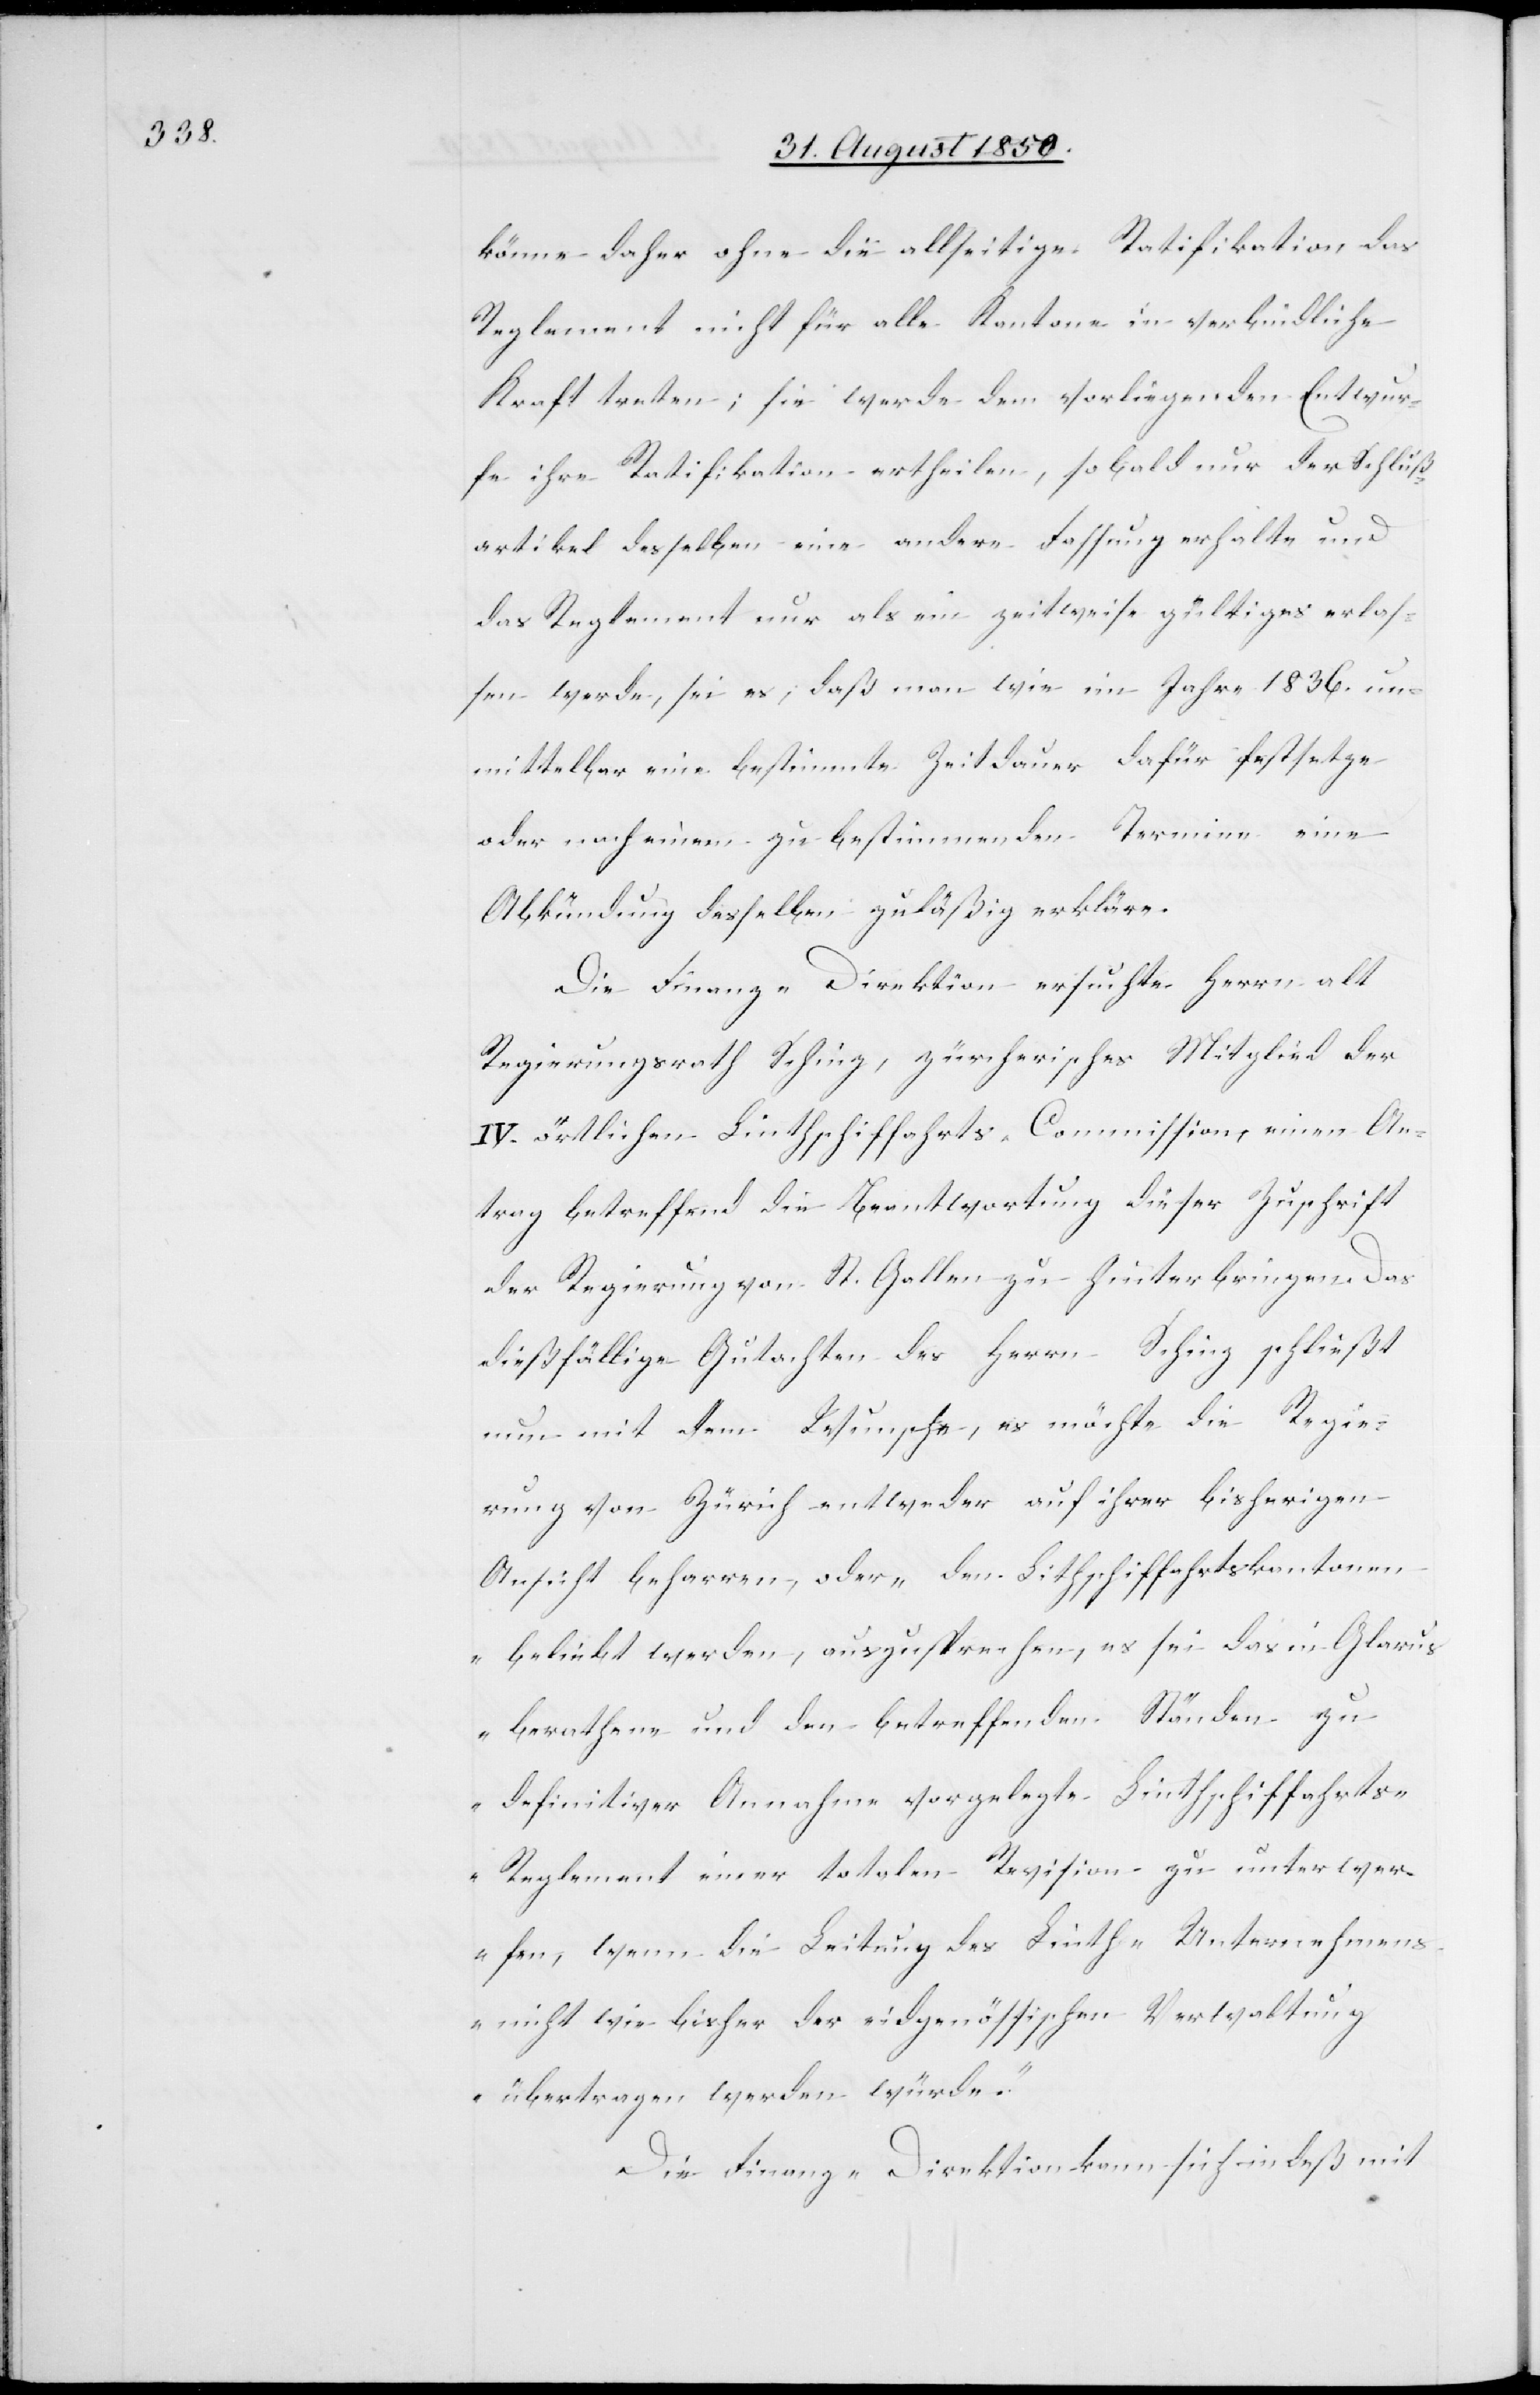
könne daher ohne die allseitige Ratifikation, das
Reglement nicht für alle Kantone in verbindliche
Kraft treten; sie werde dem vorliegenden Entwur¬
fe ihre Ratifikation ertheilen, sobald nur der Schluß¬
artikel desselben eine andere Fassung erhalte und
das Reglement nur als ein zweitweise gültiges erlas¬
sen werde, sei es, daß man wie im Jahre 1836. un¬
mittelbar eine bestimmte Zeitdauer dafür festsetze
oder nach einem zu bestimmenden Termine eine
Abkündung desselben zuläßig erkläre.
Die Finanz-Direktion ersuchte Herrn alt
Regierungsrath Schinz, zürcherisches Mitglied der
IV. örtlichen Linthschiffahrts-Commission, einen An¬
trag betreffend die Beantwortung dieser Zuschrift
der Regierung von St. Gallen zu hinterbringen. Das
dießfällige Gutachten des Herrn Schinz schließt
nun mit dem Wunsche, es möchte die Regie¬
rung von Zürich entweder auf ihrer bisherigen
Ansicht beharren, oder „den Li[n]thschiffahrtskantonen
beliebt werden, auszusprechen, es sei das in Glarus
berathene und den betreffenden Ständen zu
definitiver Annahme vorgelegte Linthschiffahrts-R¬
eglement einer totalen Revision zu unterwer¬
fen, wenn die Leitung des Linth-Unternehmens
nicht wie bisher der eidgenössischen Verwaltung
übertragen werden würde.“
Die Finanz-Direktion kann sich indeß mit